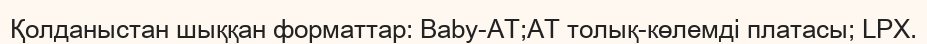
Қолданыстан шыққан форматтар: Baby-AT;AT толық-көлемді платасы; LPX.